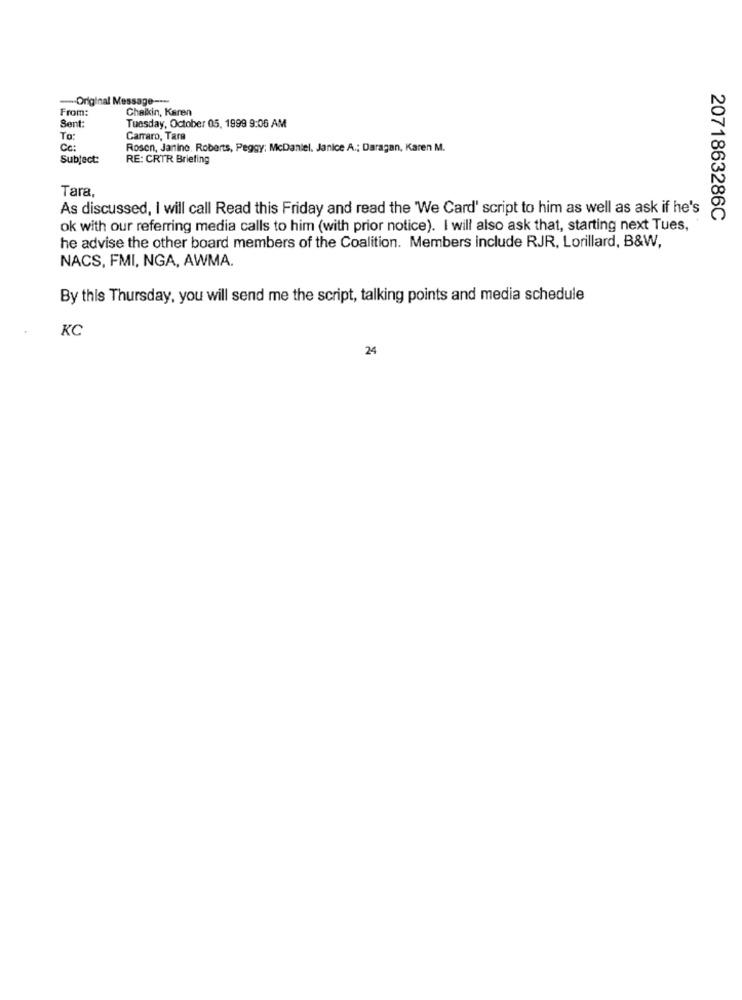
-- Original Message ----
From:
Chaikin, Karen
Sent:
Tuesday, October 05, 1999 9:06 AM
To
Carraro, Tara
Cc:
Rosen, Janine. Roberts, Peggy; McDaniel. Janice A .; Daragan, Karen M.
Subject:
RE: CRTR Briefing
Tara,
As discussed, I will call Read this Friday and read the 'We Card' script to him as well as ask if he's
2071863286C
ok with our referring media calls to him (with prior notice). I will also ask that, starting next Tues,
he advise the other board members of the Coalition. Members include RJR, Lorillard, B&W,
NACS, FMI, NGA, AWMA.
By this Thursday, you will send me the script, talking points and media schedule
KC
24